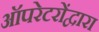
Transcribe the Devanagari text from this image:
ऑपरेटरोंद्वारा